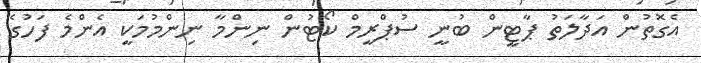
އެގޮތުން އަދާލަތު ޕާޓީން ބުނީ ސުޕްރީމް ކޯޓުން ނިންމާ ނިންމުމަކީ އެންމެ ފަހުގެ